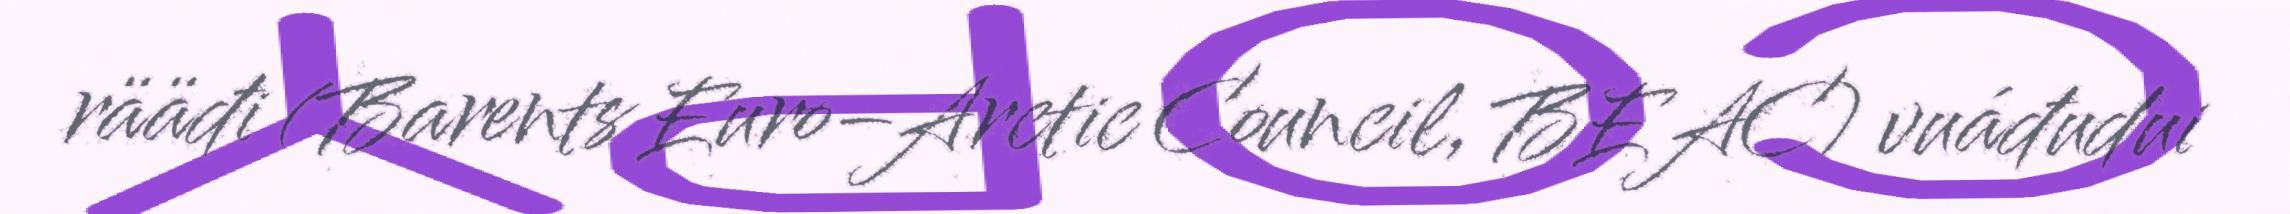
rääđi (Barents Euro–Arctic Council, BEAC) vuáđudui